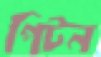
পিটন